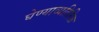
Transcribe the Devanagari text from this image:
घेण्याव्यतिरिक्त